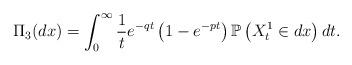
LaTeX: \begin{align*}\Pi_3(dx)=\int_{0}^{\infty}\frac{1}{t}e^{-qt}\left(1-e^{-pt}\right)\mathbb P\left(X^1_t \in d x\right)dt.\end{align*}